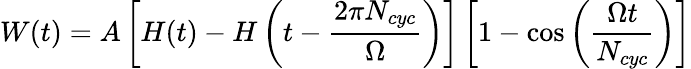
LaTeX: W(t)=A\left[H(t)-H\left(t-\frac{2\pi N_{cyc}}{\Omega}\right)\right]\left[1-\cos\left(\frac{\Omega t}{N_{cyc}}\right)\right]